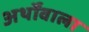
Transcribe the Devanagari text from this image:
अर्थोंवाला